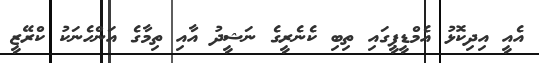
އެއީ އިދިކޮޅު އެމްޑީޕީގައި ތިބި ކެނެރީގެ ނަޝީދު އާއި ތިމާގެ އަންހެނަކު ކްރޭޒީ